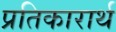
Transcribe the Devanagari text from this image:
प्रतिकारार्थ